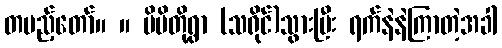
တပည့်တော်။ ။ မိမိတို့ရွာ (သရိုင်)သွားပြီး ရက်နဲနဲကြာတဲ့အခါ